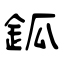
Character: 鈲